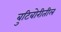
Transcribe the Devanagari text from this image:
बुटिबोरीतील